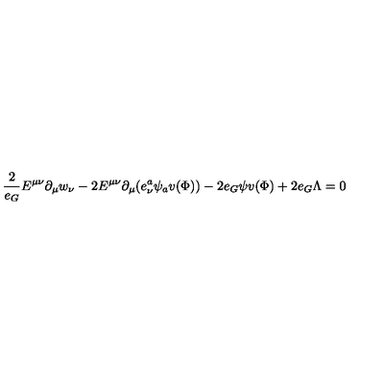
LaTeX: \frac { 2 } { e _ { G } } E ^ { \mu \nu } \partial _ { \mu } w _ { \nu } - 2 E ^ { \mu \nu } \partial _ { \mu } ( e _ { \nu } ^ { a } \psi _ { a } v ( \Phi ) ) - 2 e _ { G } \psi v ( \Phi ) + 2 e _ { G } \Lambda = 0